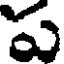
ప